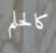
كالحلم